Vaccine operations Central Provinces & Berar 1912-1920 - 1912-1920
Year: 1912
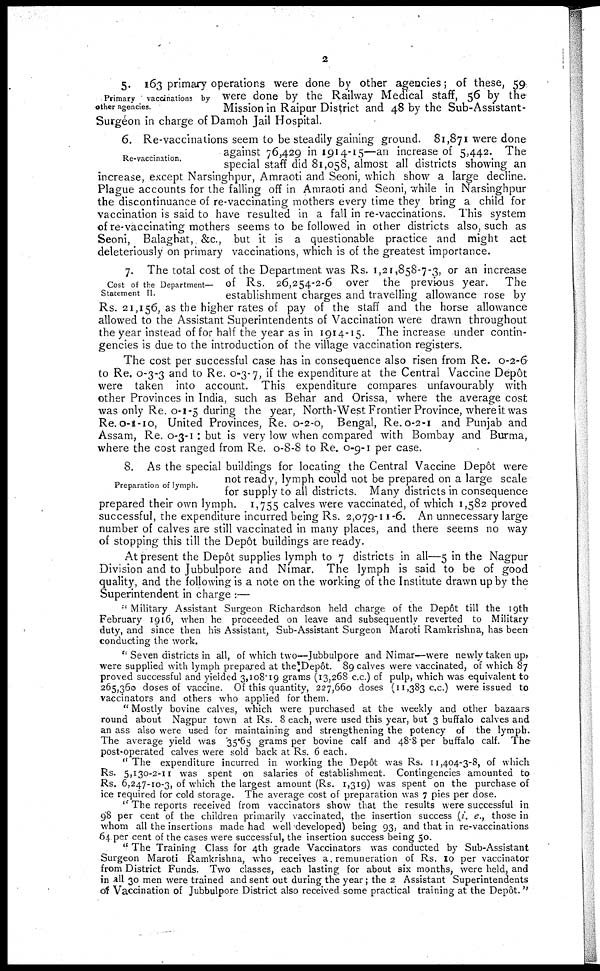
2
Primary
vaccinations by
other agencies.
5. 163 primary operations were done by other agencies; of these, 59
were done by the Railway Medical staff, 56 by the
Mission in Raipur District and 48 by the Sub-Assistant-
Surgeon in charge of Damoh Jail Hospital.
Re-vaccination.
6. Re-vaccinations seem to be steadily gaining ground. 81,871 were done
against 76,429 in 1914-15—an increase of 5,442. The
special staff did 81,058, almost all districts showing an
increase, except Narsinghpur, Amraoti and Seoni, which show a large decline.
Plague accounts for the falling off in Amraoti and Seoni, while in Narsinghpur
the discontinuance of re-vaccinating mothers every time they bring a child for
vaccination is said to have resulted in a fall in re-vaccinations. This system
of re-vaccinating mothers seems to be followed in other districts also, such as
Seoni, Balaghat, &c., but it is a questionable practice and might act
deleteriously on primary vaccinations, which is of the greatest importance.
Cost of the Department—
Statement II.
7. The total cost of the Department was Rs. 1,21,858-7-3, or an increase
of Rs. 26,254-2-6 over the previous year. The
establishment charges and travelling allowance rose by
Rs. 21,156, as the higher rates of pay of the staff and the horse allowance
allowed to the Assistant Superintendents of Vaccination were drawn throughout
the year instead of for half the year as in 1914-15. The increase under contin-
gencies is due to the introduction of the village vaccination registers.
The cost per successful case has in consequence also risen from Re. 0-2-6
to Re. 0-3-3 and to Re. 0-3-7, if the expenditure at the Central Vaccine Depôt
were taken into account. This expenditure compares unfavourably with
other Provinces in India, such as Behar and Orissa, where the average cost
was only Re. 0-1-5 during the year, North-West Frontier Province, where it was
Re. 0-1-10, United Provinces, Re. 0-2-0, Bengal, Re. 0-2-1 and Punjab and
Assam, Re. 0-3-1 : but is very low when compared with Bombay and Burma,
where the cost ranged from Re. 0-8-8 to Re. 0-9-1 per case.
Preparation of lymph.
8. As the special buildings for locating the Central Vaccine Depôt were
not ready, lymph could not be prepared on a large scale
for supply to all districts. Many districts in consequence
prepared their own lymph. 1,755 calves were vaccinated, of which 1,582 proved
successful, the expenditure incurred being Rs. 2,079-11 -6. An unnecessary large
number of calves are still vaccinated in many places, and there seems no way
of stopping this till the Depôt buildings are ready.
At present the Depôt supplies lymph to 7 districts in all—5 in the Nagpur
Division and to Jubbulpore and Nimar. The lymph is said to be of good
quality, and the following is a note on the working of the Institute drawn up by the
Superintendent in charge :—
"Military Assistant Surgeon Richardson held charge of the Depôt till the 19th
February 1916, when he proceeded on leave and subsequently reverted to Military
duty, and since then his Assistant, Sub-Assistant Surgeon Maroti Ramkrishna, has been
conducting the work.
" Seven districts in all, of which two—Jubbulpore and Nimar—were newly taken up,
were supplied with lymph prepared at the Depôt. 89 calves were vaccinated, of which 87
proved successful and yielded 3,108.19 grams (13,268 c.c.) of pulp, which was equivalent to
265,360 doses of vaccine. Of this quantity, 227,660 doses (11,383 c.c.) were issued to
vaccinators and others who applied for them.
" Mostly bovine calves, which were purchased at the weekly and other bazaars
round about Nagpur town at Rs. 8 each, were used this year, but 3 buffalo calves and
an ass also were used for maintaining and strengthening the potency of the lymph.
The average yield was 35.65 grams per bovine calf and 48.8 per buffalo calf. The
post-operated calves were sold back at Rs. 6 each.
" The expenditure incurred in working the Depôt was Rs. 11,404-3-8, of which
Rs. 5,130-2-11 was spent on salaries of establishment. Contingencies amounted to
Rs. 6,247-10-3, of which the largest amount (Rs. 1,319) was spent on the purchase of
ice required for cold storage. The average cost of preparation was 7 pies per dose.
" The reports received from vaccinators show that the results were successful in
98 per cent of the children primarily vaccinated, the insertion success (i. e., those in
whom all the insertions made had well developed) being 93, and that in re-vaccinations
64 per cent of the cases were successful, the insertion success being 50.
" The Training Class for 4th grade Vaccinators was conducted by Sub-Assistant
Surgeon Maroti Ramkrishna, who receives a. remuneration of Rs. 10 per vaccinator
from District Funds. Two classes, each lasting for about six months, were held, and
in all 30 men were trained and sent out during the year; the 2 Assistant Superintendents
of Vaccination of Jubbulpore District also received some practical training at the Depôt. "